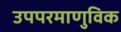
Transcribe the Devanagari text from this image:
उपपरमाणुविक